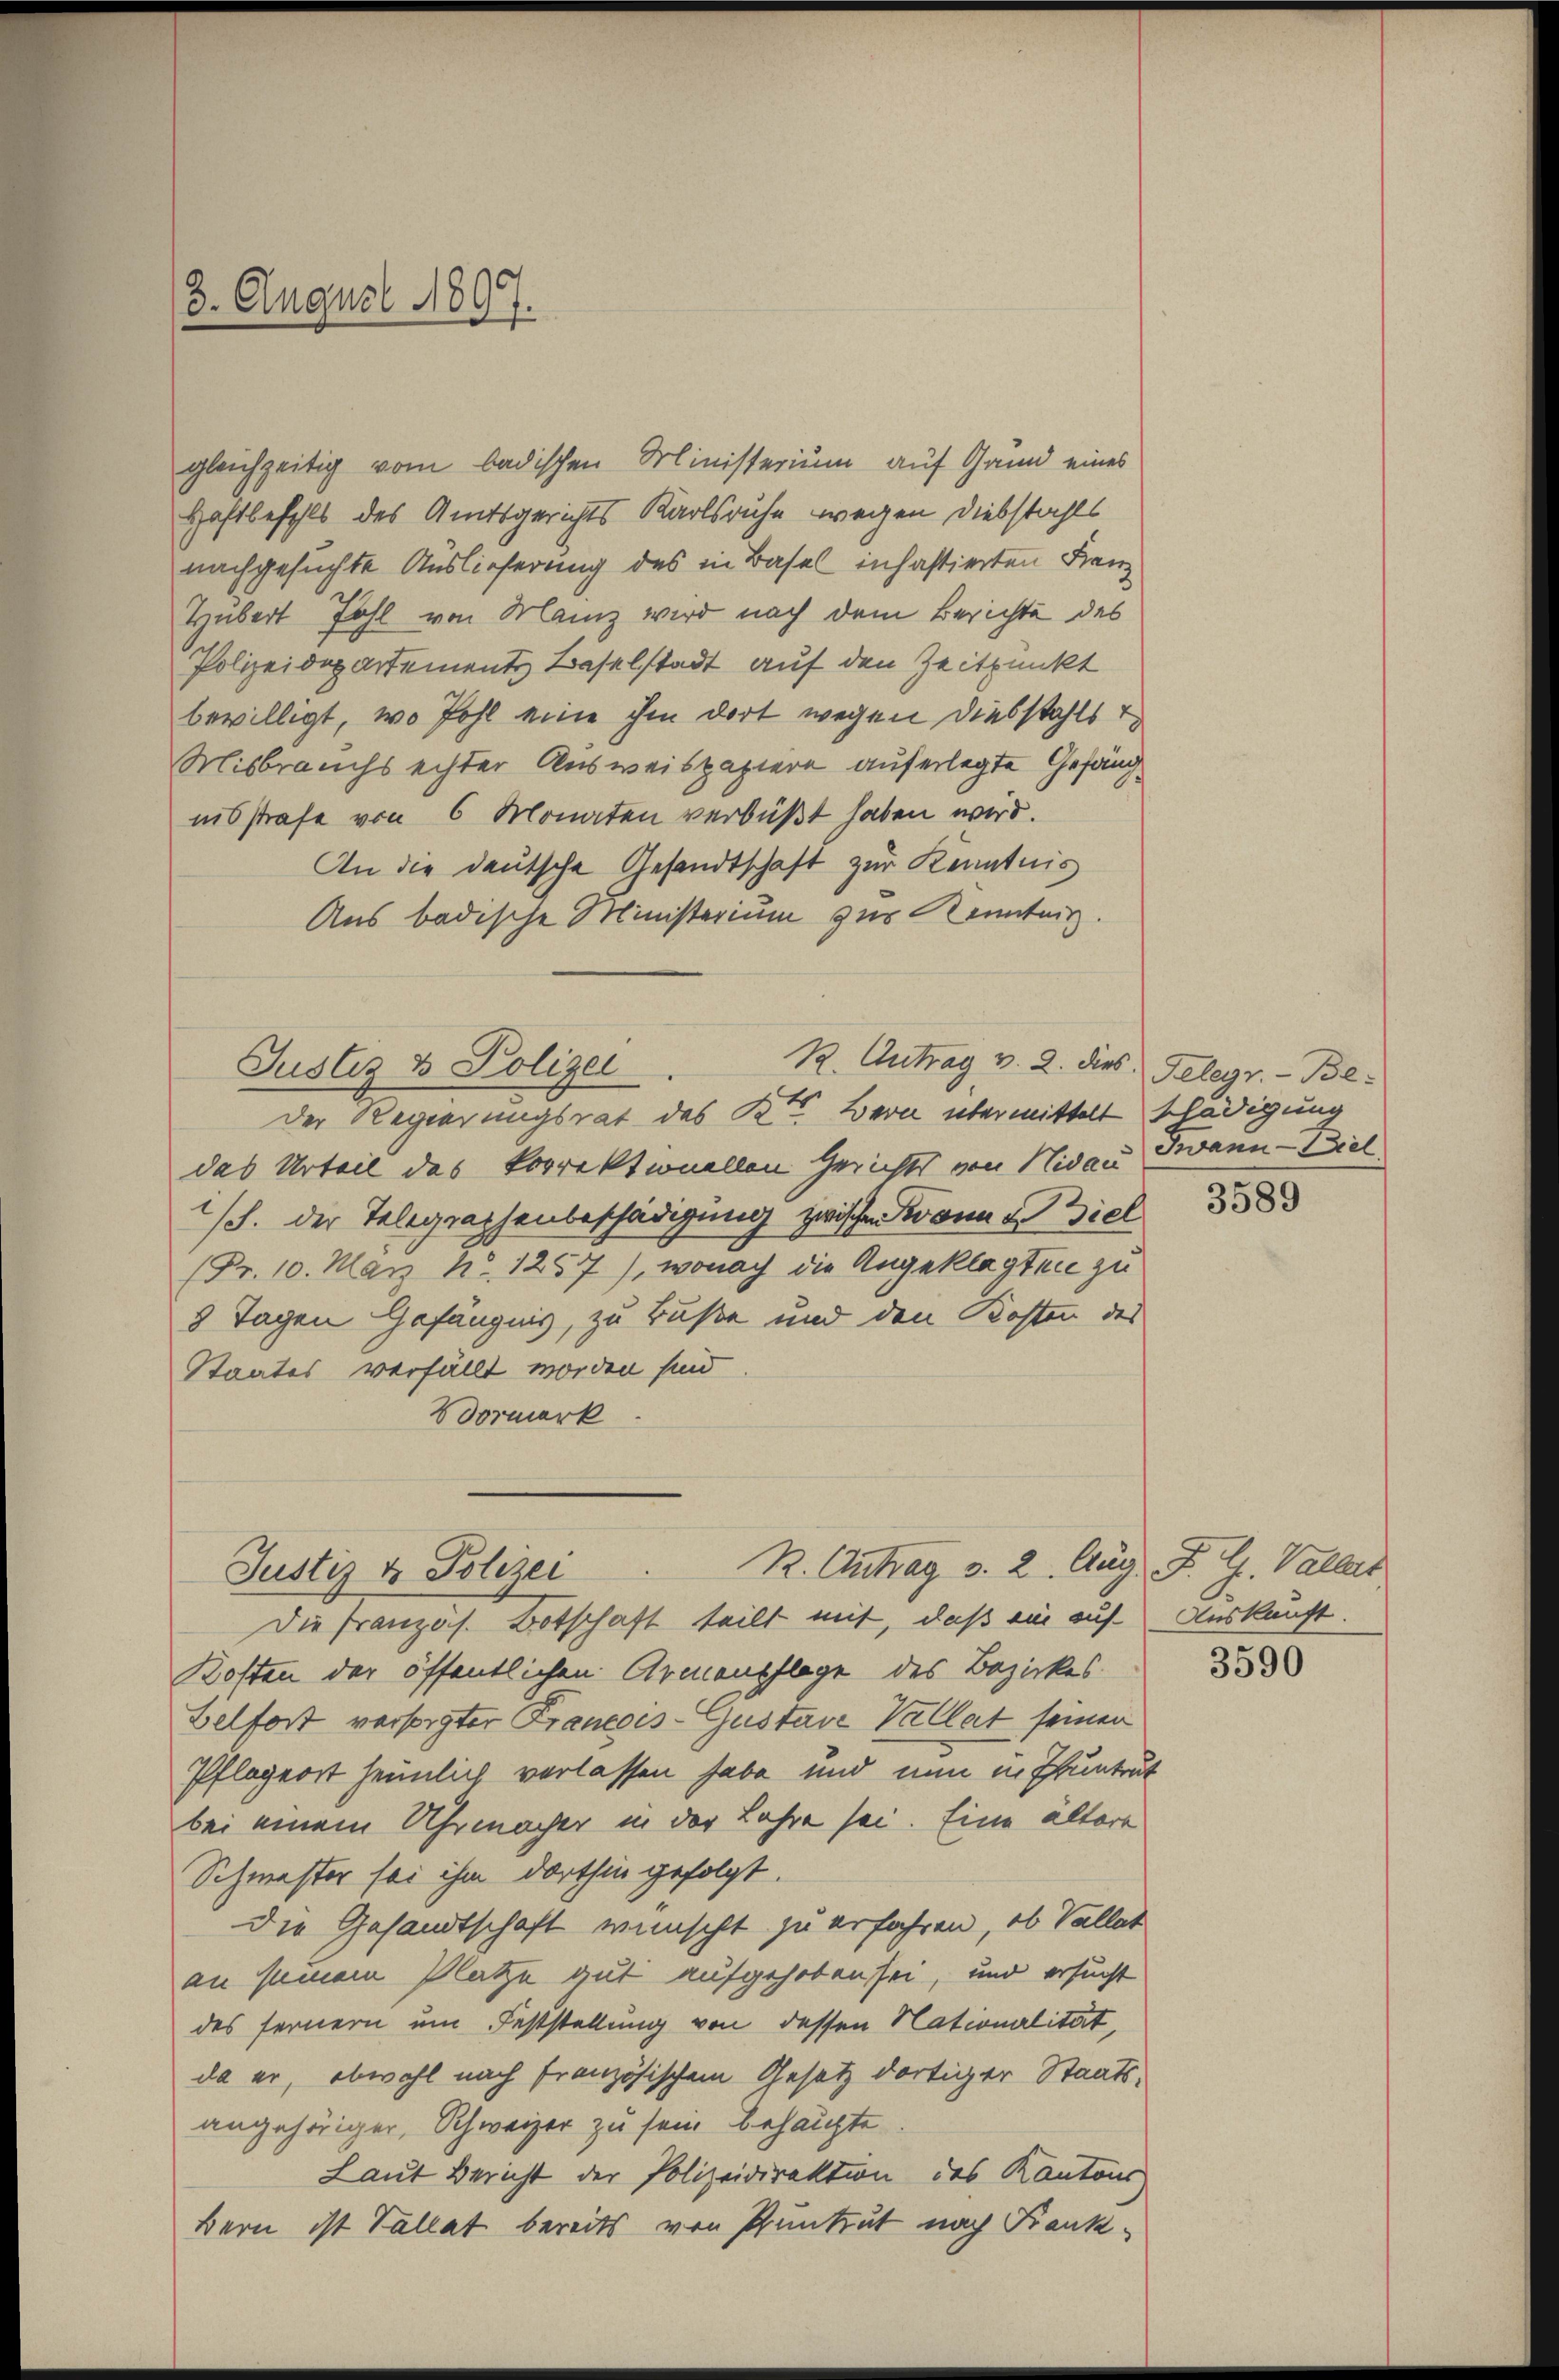
(3. August 1807.

gleichzeitig vom badischen Ministerium auf Grund eines
Haftbefehls des Amtsgerichts Karlsruhe wegen Diebstahls
nachgesuchte Auslieferung des in Basel inhastierten Franz
Hubert Fohl von Manz wird nach dem Berichte des
Polizeidepartements Baselstadt auf den Zeitpunkt
bewilligt, wo Pohl eine ihm dort wegen diesstahls t
Misbrauchs echter Ausweispapiere auferlegte Gefängnisstrafe von 6 Monaten verbüßt haben wird.
An die deutsche Gesandtschaft zur Kenntnis
Aus badische Ministerium zur Kenntnis.
R. Antrag v. 2. dies Gelegr. - Be-
Justiz & Polizei
Der Regierungsrat des Kt. Bern übermittelt schädigung
das Urteil des korrektionellen Gerichts von Nidau Twann - Wiel
/S. der Telegraphenbeschädigung zwischen Kann viel
(Fr. 10. März No. 1257), wonach die Angeklagten zu
8 Tagen Gefängnis, zu Buße und den Kosten des
Staates verfällt worden sind
Bormerk

Die Französ. Botschaft teilt mit, daß ein auf Auskunft.
Kosten der öffentlichen Armenpflege des Bezirkes
Belfort versorgter Francois-Gustave Vallat seinen
Pflegerst heimlich verlassen habe und nun in Pruntrut
bei einem Uhrmacher in der Lahre sei. Eine ältere
Schmester sei ihm dorthin gefolgt.
Die Gesandtschaft wünscht zu erfahren, ob Vallat
an seinem Platze gut aufgehoben sei, und ersucht
des fernern um Feststellung von dessen Nationalität,
da er, obwohl nach französischem Gesetz dortiger Staatsangehöriger, Schweizer zu sein behaupte
Laut Bericht der Polizeidirektion des Kantons
Bern ist Tallat bereits von Pruntrut nach Frank¬

R. Antrag v. 2. Aug. P. G. Valler
Justiz & Polizei

3589

3590